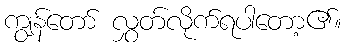
ကျွန်တော် လွှတ်လိုက်ရပါတော့၏။